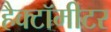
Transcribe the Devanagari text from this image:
हैक्टॉमीटर